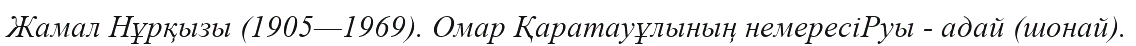
Жамал Нұрқызы (1905—1969). Омар Қаратауұлының немересіРуы - адай (шонай).